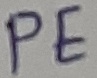
Text: PE